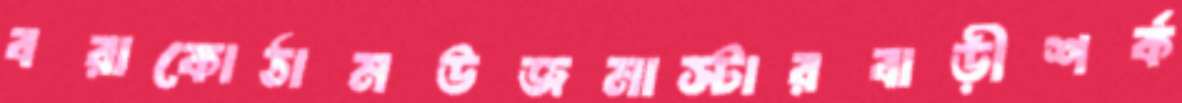
বরাকোঠামউজমাস্টারবাড়ীশর্ক